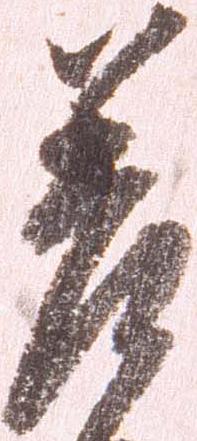
差